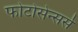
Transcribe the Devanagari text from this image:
फोटोसेन्सर्स